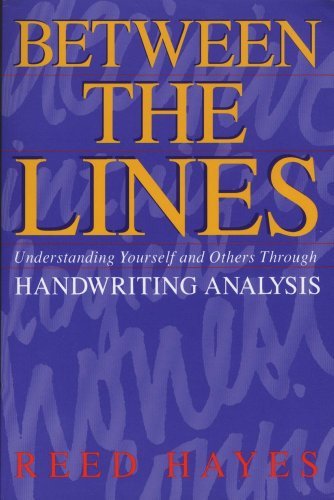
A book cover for Between the Lines: Understanding Yourself and Others Through Handwriting Analysis (No) [Paperback] [1993] (Author) Reed Hayes; Self-Help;